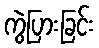
ကွဲပြားခြင်း